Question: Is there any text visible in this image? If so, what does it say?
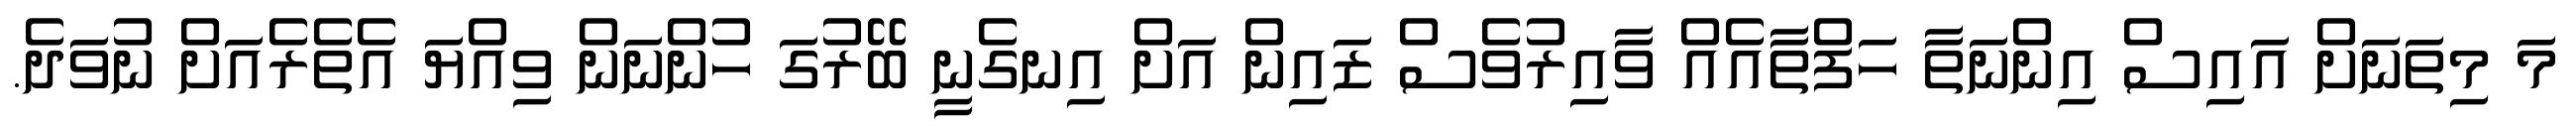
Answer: މަ މިތަނަށް އައިސް އިންނަތާ ހަފްތާއެއް ވާއިރުވެސް ޒައިން އަށް އިނގެނީ ބޭރުގަ ހުންނަން ވިއްޔަ އެތެރެއަށް ނުވަދެ.